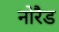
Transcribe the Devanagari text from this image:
नोरैड